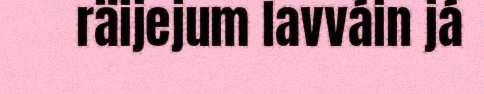
räijejum lavváin já